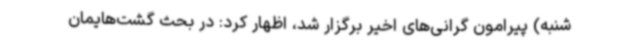
‌شنبه) پیرامون گرانی‌های اخیر برگزار شد، اظهار کرد: در بحث گشت‌هایمان